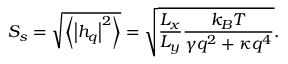
S _ { s } = \sqrt { \left\langle \left| h _ { q } \right| ^ { 2 } \right\rangle } = \sqrt { \frac { { { L } _ { x } } } { { { L } _ { y } } } \frac { { { k } _ { B } } T } { \gamma { { q } ^ { 2 } } + \kappa q ^ { 4 } } } .